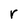
Character: r